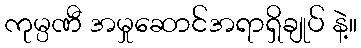
ကုမ္ပဏီ အမှုဆောင်အရာရှိချုပ် နဲ့။